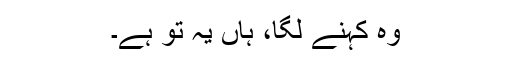
وہ کہنے لگا، ہاں یہ تو ہے۔